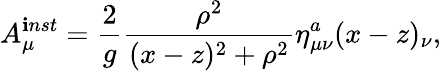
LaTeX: A_{\mu}^{\mathbf{i}nst}=\frac{{2}}{{g}}\frac{{\rho^{2}}}{{(x-z)^{2}+\rho^{2}}}\eta_{\mu\nu}^{a}(x-z)_{\nu},